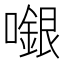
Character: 𡁬